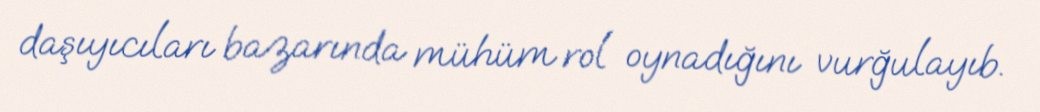
daşıyıcıları bazarında mühüm rol oynadığını vurğulayıb.